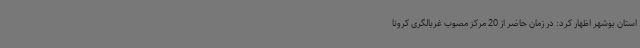
استان بوشهر اظهار کرد: در زمان حاضر از 20 مرکز مصوب غربالگری کرونا